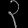
Digit: ၃